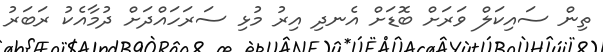
ތިން ސައިކަލް ވަރަށް ބޮޑަށް އެނދި އިރު މުޅި ސަރަހައްދަށް ދުމާއެކު ރަަބަރު